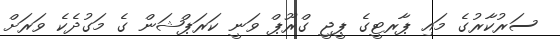
ސަރުކާރުގެ މައި ޕާރޓީގެ ޕީޖީ ގްރޫޕް ވަނީ ކަރަޕްޝަން ގެ މަގުދެކެ ވަރަށް